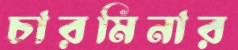
চারমিনার